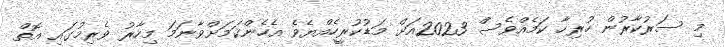
މި ސަރުކާރުން ހުރިހާ ކަމެއްވެސް 2023އަށް މަޑުކުރީހެއްޔެވެ އެހެންކަމަށްވާނަމަ މިހާރު ވެރިމުގައި އޮތް